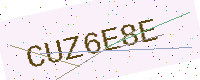
Text: CUZ6E8E